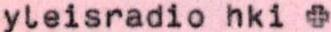
yleisradio hki +